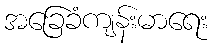
အခြေခံကျန်းမာရေး